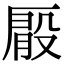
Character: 𠪘